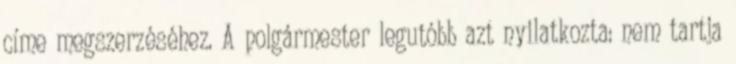
címe megszerzéséhez. A polgármester legutóbb azt nyilatkozta: nem tartja